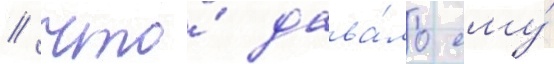
/ что́ дава́ло ему́